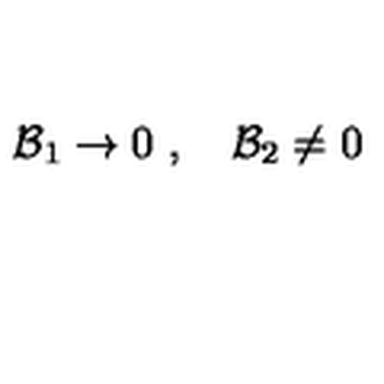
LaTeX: { \cal B } _ { 1 } \rightarrow 0 \ , \quad { \cal B } _ { 2 } \neq 0